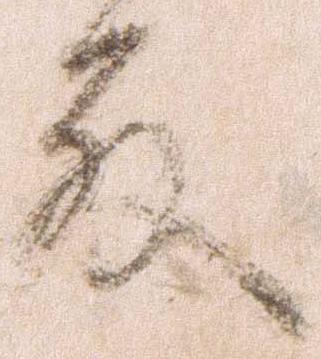
殿